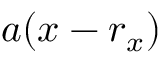
a ( x - r _ { x } )